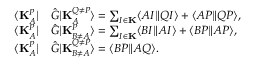
\begin{array} { r l } { \langle \mathbf { K } _ { A } ^ { P } | } & { \hat { G } | \mathbf { K } _ { A } ^ { Q \neq P } \rangle = \sum _ { I \in \mathbf { K } } \langle A I \| Q I \rangle + \langle A P \| Q P \rangle , } \\ { \langle \mathbf { K } _ { A } ^ { P } | } & { \hat { G } | \mathbf { K } _ { B \neq A } ^ { P } \rangle = \sum _ { I \in \mathbf { K } } \langle B I \| A I \rangle + \langle B P \| A P \rangle , } \\ { \langle \mathbf { K } _ { A } ^ { P } | } & { \hat { G } | \mathbf { K } _ { B \neq A } ^ { Q \neq P } \rangle = \langle B P \| A Q \rangle . } \end{array}